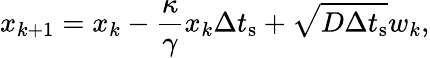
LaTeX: x_{k+1}=x_{k}-\frac{\kappa}{\gamma}x_{k}\Delta t_{\mathrm{s}}+\sqrt{D\Delta t_{\mathrm{s}}}w_{k},